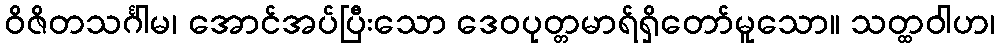
ဝိဇိတသင်္ဂါမ၊ အောင်အပ်ပြီးသော ဒေဝပုတ္တမာရ်ရှိတော်မူသော။ သတ္ထဝါဟ၊